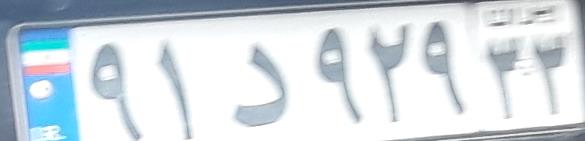
۹۱د۹۲۹۲۲